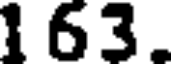
1 63.